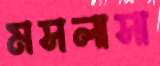
মসলাসা